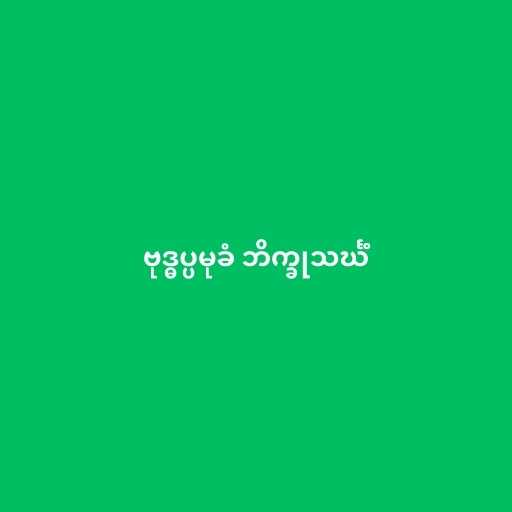
ဗုဒ္ဓပ္ပမုခံ ဘိက္ခုသင်္ဃံ